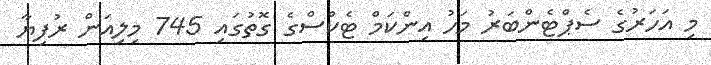
މި އަހަރުގެ ސެޕްޓެންބަރު މަހު އިންކަމް ޓެކްސްގެ ގޮތުގައި 745 މިލިއަން ރުފިޔާ